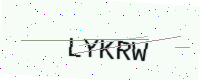
Text: LYKRW